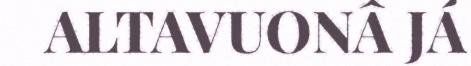
ALTAVUONÂ JÁ